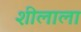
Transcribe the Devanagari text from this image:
शीलाला